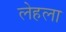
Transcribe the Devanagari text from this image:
लेहला